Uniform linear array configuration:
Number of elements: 32
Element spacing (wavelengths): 0.75
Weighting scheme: cosine
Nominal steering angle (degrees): -45
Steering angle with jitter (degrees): -43.209
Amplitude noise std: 0.05
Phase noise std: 0.05

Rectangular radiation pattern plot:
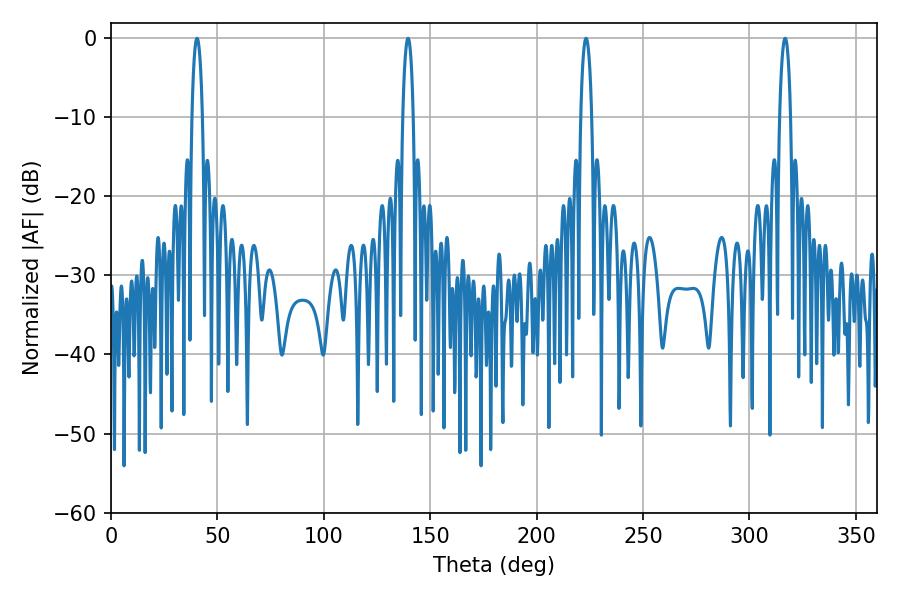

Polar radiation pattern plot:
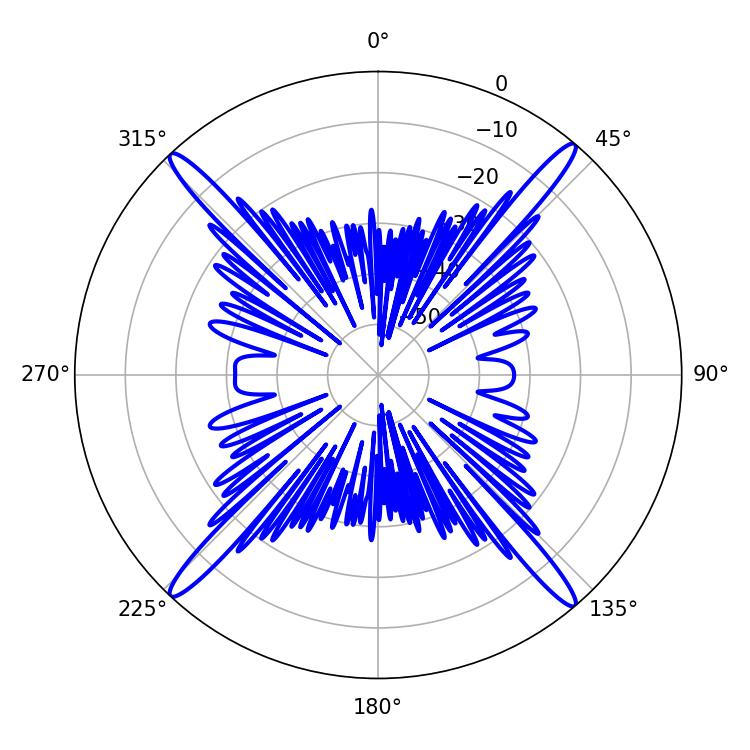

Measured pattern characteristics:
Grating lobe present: TRUE
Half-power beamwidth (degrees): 2.88
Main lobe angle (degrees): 223.2